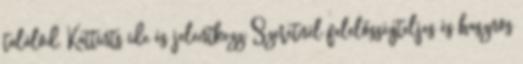
találod, Kattints ide és jelentkezz: Szeretnél felelősségteljes és hasznos